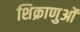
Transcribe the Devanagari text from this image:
शिक्राणुओं